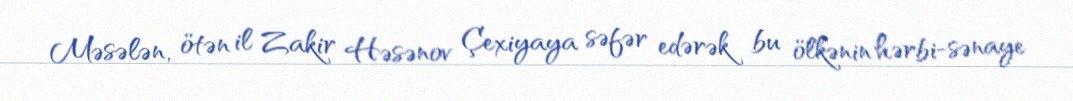
Məsələn, ötən il Zakir Həsənov Çexiyaya səfər edərək bu ölkənin hərbi-sənaye